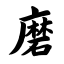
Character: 磨